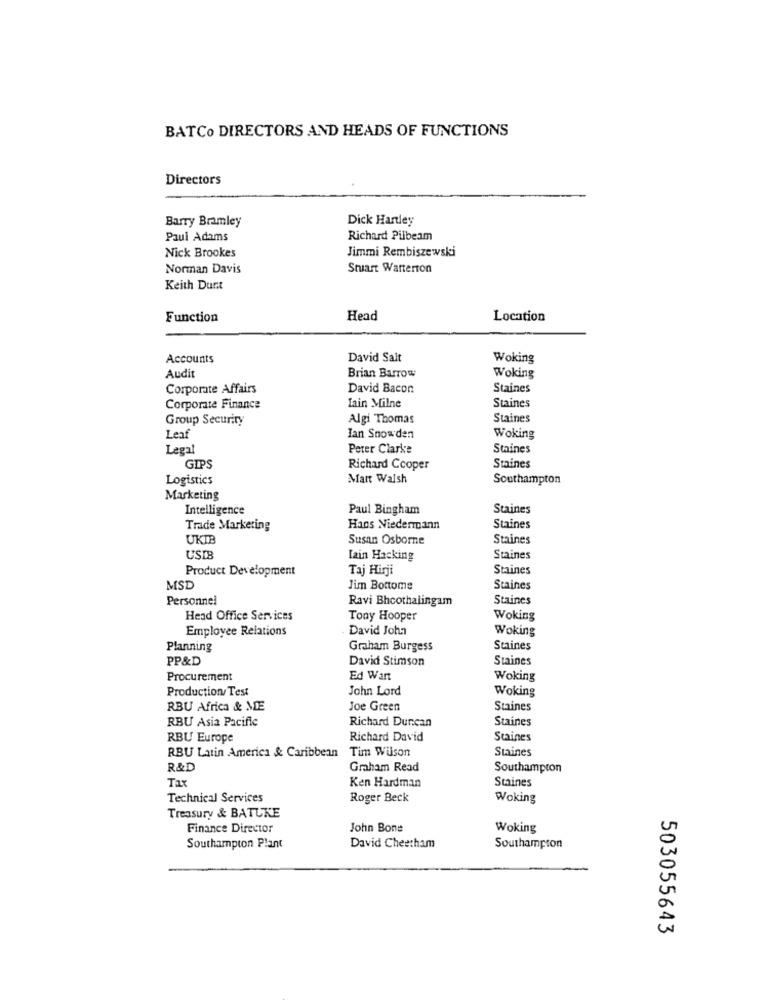
BATCO DIRECTORS AND HEADS OF FUNCTIONS
Directors
Barry Bramley
Dick Hartley
Paul Adams
Richard Pilbeam
Nick Brookes
Jimmi Rembiszewski
Norman Davis
Smiast Warterton
Keith Dunt
Function
Head
Location
Accounts
David Salt
Woking
Audit
Brian Barrow
Woking
Corporate Affairs
David Bacon
Staines
Corporate Finance
Iain Milne
Staines
Group Security
Algi Thomas
Staines
Leaf
Ian Snowden
Woking
Legal
Peter Clarke
Staines
GIPS
Richard Cooper
Staines
Logistics
Matt Walsh
Southampton
Marketing
Intelligence
Paul Bingham
Staines
Trade Marketing
Hans Niedermann
Staines
UKIB
Susan Osborne
Staines
USTB
Iain Hacking
Staines
Product Development
Taj Hirji
Staines
MSD
Jim Bottome
Staines
Personnel
Ravi Bhcothalingam
Staines
Head Office Services
Tony Hooper
Woking
Employee Relations
David John
Woking
Planning
Graham Burgess
Staines
PP&D
David Stimson
Staines
Procurement
Ed Wart
Woking
Production/ Test
John Lord
Woking
RBU Africa & MDE
Joe Green
Staines
RBU Asia Pacific
Richard Duncan
Staines
RBU Europe
Richard David
Staines
RBU Latin America & Caribbean
Tim Wilson
Staines
R&D
Graham Read
Southampton
Tax
Ken Hardman
Staines
Technical Services
Roger Beck
Woking
Treasury & BATUKE
Finance Director
John Bone
Woking
Southampton Plant
David Cheetham
Southampton
503055643